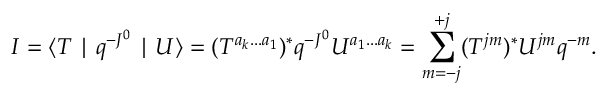
I = \langle T \mid q ^ { - J ^ { 0 } } \mid U \rangle = ( T ^ { a _ { k } . . . a _ { 1 } } ) ^ { \ast } q ^ { - J ^ { 0 } } U ^ { a _ { 1 } . . . a _ { k } } = \sum _ { m = - j } ^ { + j } ( T ^ { j m } ) ^ { \ast } U ^ { j m } q ^ { - m } .